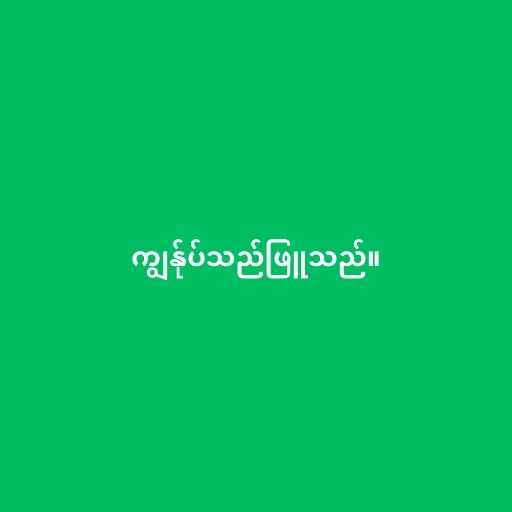
ကျွန်ုပ်သည်ဖြူသည်။